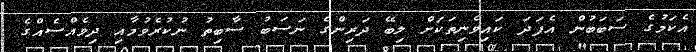
އެކަމުގެ ސަބަބުން އެފަދަ ކައިވެނިތަކަށް ލިބޭ ދަރިންގެ ނަސަބު ސާބިތު ނުކުރެވުމާއި ދިވެއްސެއްގެ